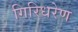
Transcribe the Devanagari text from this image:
गिरिधरेण